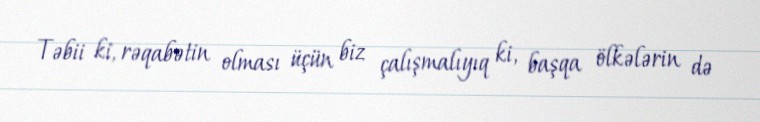
Təbii ki, rəqabətin olması üçün biz çalışmalıyıq ki, başqa ölkələrin də